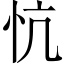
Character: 忼